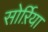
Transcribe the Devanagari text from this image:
सोर्ऱिया